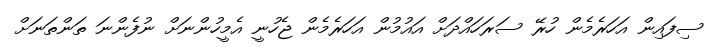
ސިފައިން އަހަރެމެން ހުރޭ ސަރަހައްދަށް އައުމުން އަހަރެމެން ޖެހުނީ އެމީހުންނަށް ނުފެންނަ ތަންތަނަށް